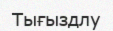
Тығыздлу